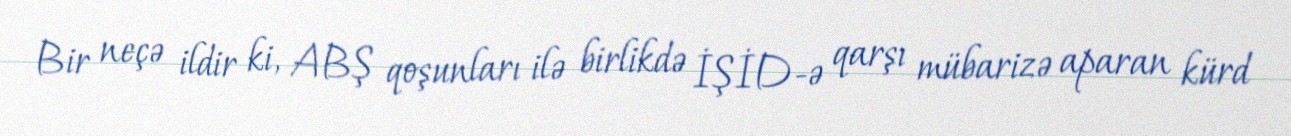
Bir neçə ildir ki, ABŞ qoşunları ilə birlikdə İŞİD-ə qarşı mübarizə aparan kürd